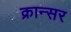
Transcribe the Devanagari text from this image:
क्रान्सर